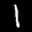
Label: 1